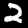
Label: 2